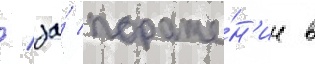
/ за́ пораже́н'ие в